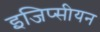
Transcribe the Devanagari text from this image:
इजिप्सीयन